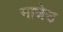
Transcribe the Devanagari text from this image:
नाघेउ